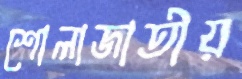
শোলাজাতীয়